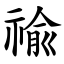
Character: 䄖